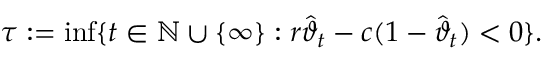
\tau : = \operatorname* { i n f } \{ t \in \mathbb { N } \cup \{ \infty \} : r \hat { \vartheta } _ { t } - c ( 1 - \hat { \vartheta } _ { t } ) < 0 \} .